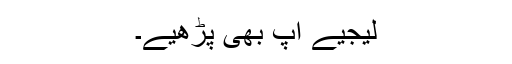
لیجیے آپ بھی پڑھیے۔